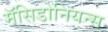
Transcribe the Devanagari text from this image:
मॅसिडोनियन्स